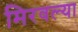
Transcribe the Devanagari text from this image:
मिरवल्या